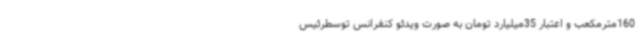
160مترمکعب و اعتبار 35میلیارد تومان به صورت ویدئو کنفرانس توسطرئیس